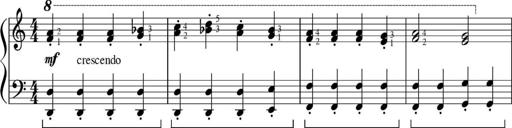
Title: Sonatinas
Composer: Andrew Violette